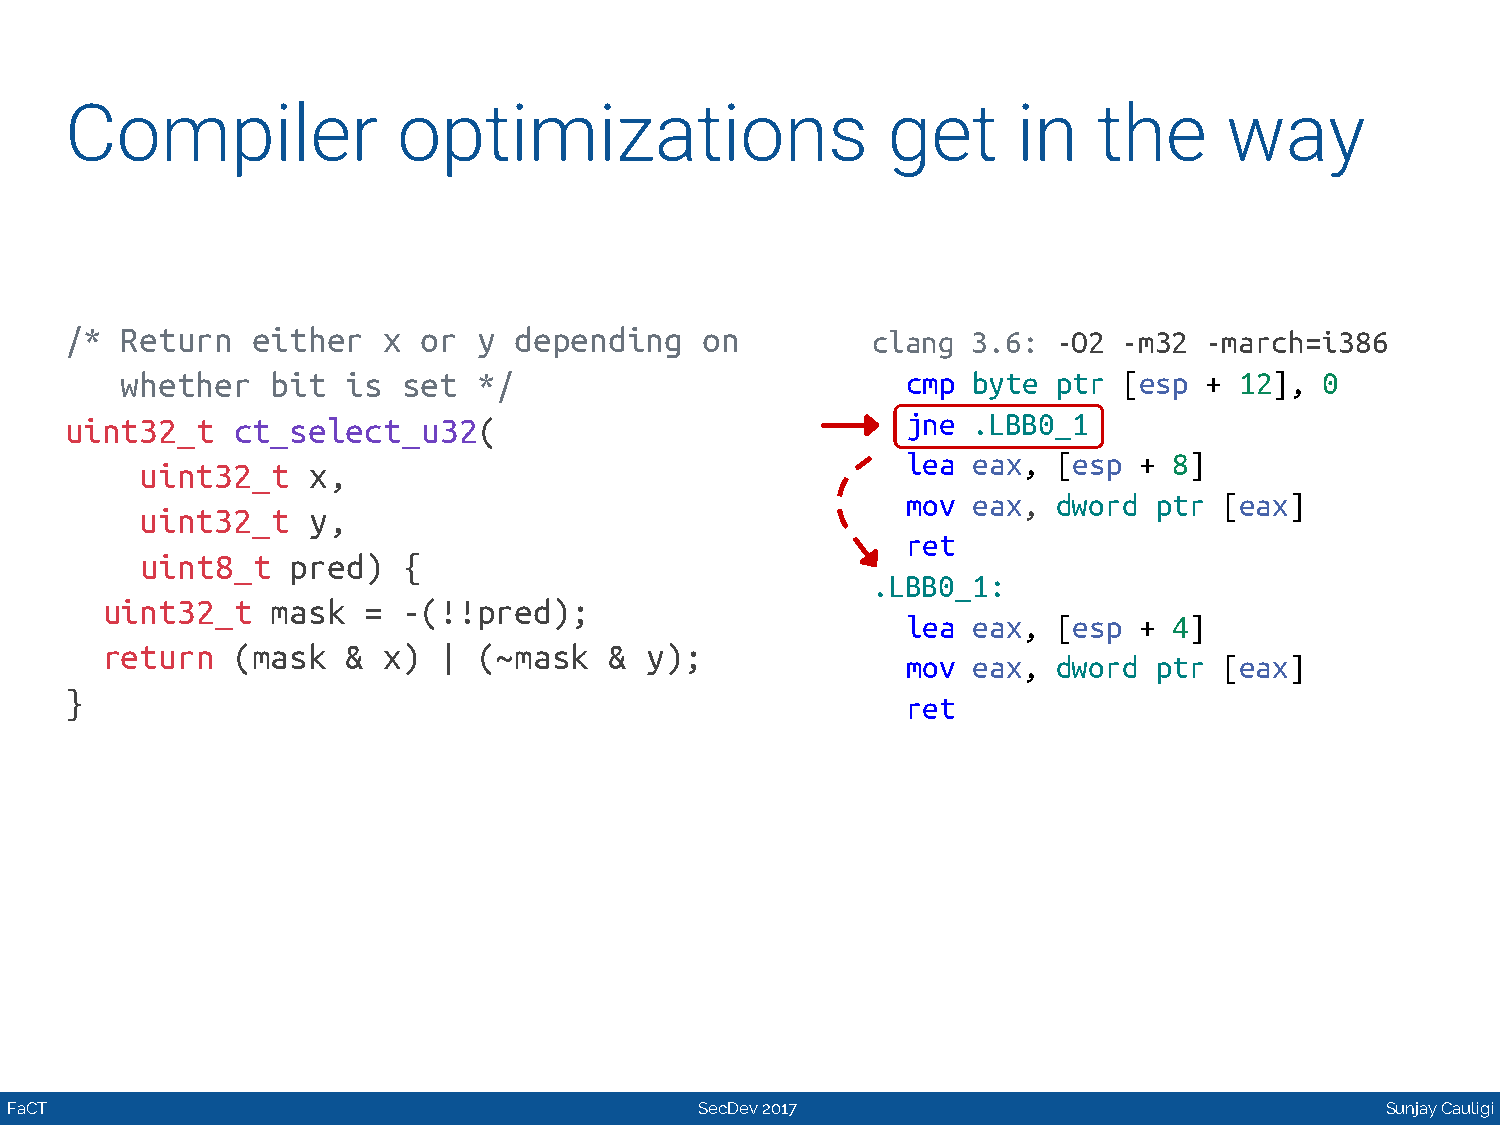
Compiler              optimizations                    get     in    the     way
 /*  Return   either  x  or  y depending    on         clang 3.6:  -O2 -m32  -march=i386
 whether   bit  is  set  */                          cmp byte  ptr [esp  + 12],  0
 uint32_t   ct_select_u32(                               jne .LBB0_1
 lea eax,  [esp +  8]
 uint32_t   x,
 mov eax,  dword  ptr [eax]
 uint32_t   y,
 ret
 uint8_t   pred)   {
 .LBB0_1:
 uint32_t   mask  =  -(!!pred);
 lea eax,  [esp +  4]
 return  (mask   & x)  |  (~mask  &  y);
 mov eax,  dword  ptr [eax]
 }
 ret
 FaCT                                          SecDev 2017                                   Sunjay Cauligi